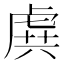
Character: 𧆾